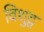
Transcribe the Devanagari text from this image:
विशुद्व